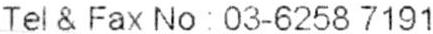
TEL & FAX NO: 03-6258 7191